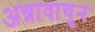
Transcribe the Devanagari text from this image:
अन्नावाचुन